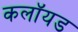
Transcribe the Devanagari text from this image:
कलॉयड